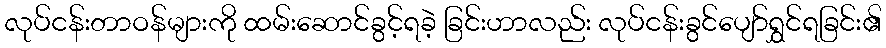
လုပ်ငန်းတာဝန်များကို ထမ်းဆောင်ခွင့်ရခဲ့ ခြင်းဟာလည်း လုပ်ငန်းခွင်ပျော်ရွှင်ရခြင်း၏